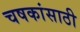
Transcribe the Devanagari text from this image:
चषकांसाठी